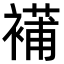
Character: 𧜿